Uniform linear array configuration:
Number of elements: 4
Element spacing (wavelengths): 0.75
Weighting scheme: cosine
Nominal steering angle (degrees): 45
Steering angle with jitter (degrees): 46.854
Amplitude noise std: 0.05
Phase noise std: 0.05

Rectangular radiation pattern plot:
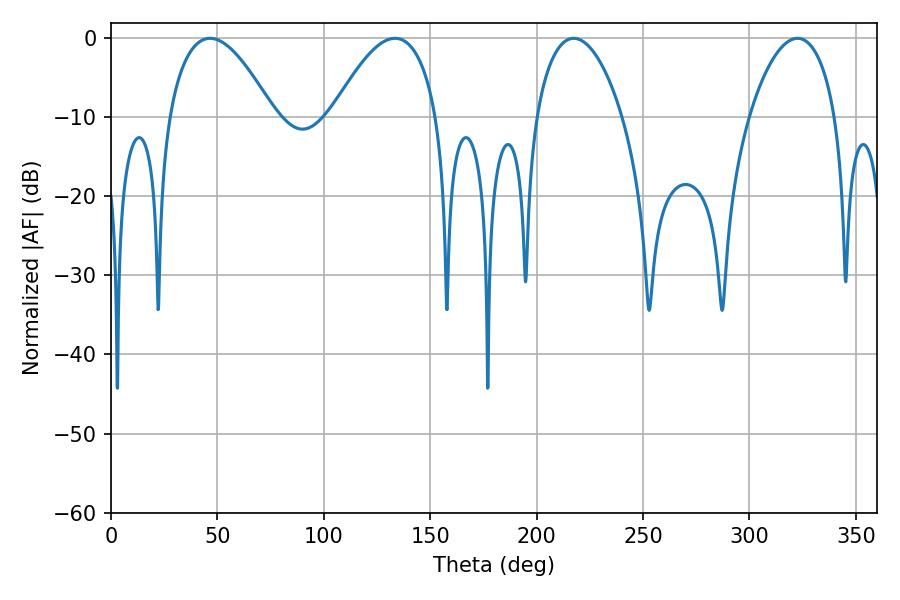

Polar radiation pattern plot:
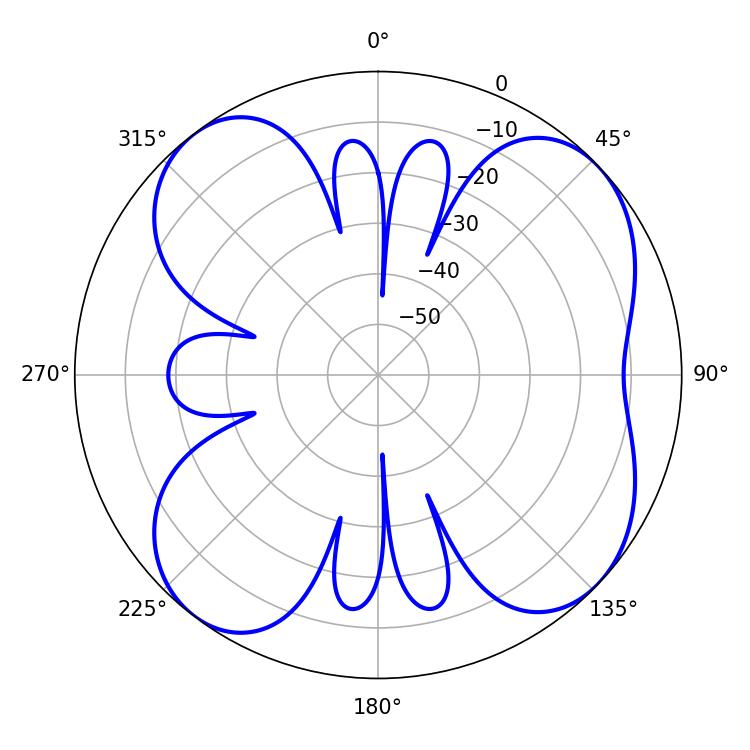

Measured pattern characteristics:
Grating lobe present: TRUE
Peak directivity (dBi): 8.824
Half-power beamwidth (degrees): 22.86
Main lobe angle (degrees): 217.44